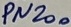
Text: PN200